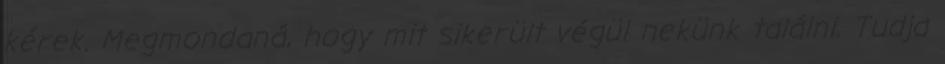
kérek. Megmondaná, hogy mit sikerült végül nekünk találni. Tudja